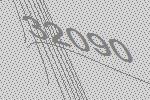
32090